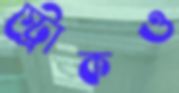
স্ট্রোকও